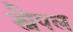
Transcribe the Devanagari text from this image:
स्नैपल